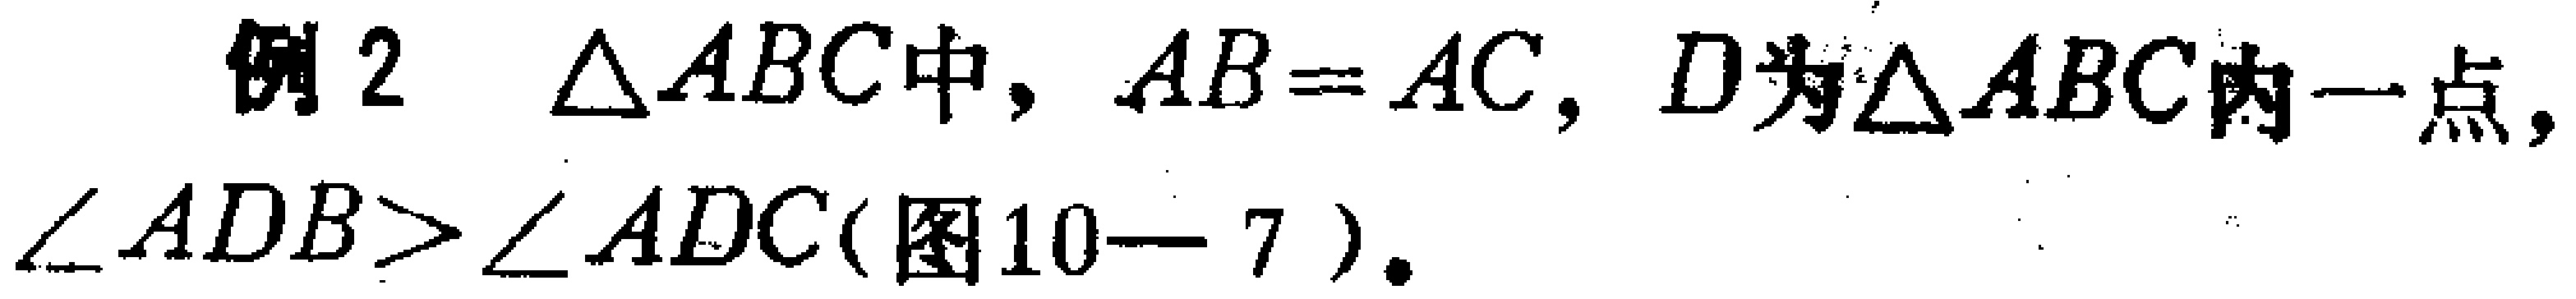
例2 $\triangle ABC$中，$AB = AC$，$D$为$\triangle ABC$内一点，$\angle ADB>\angle ADC$(图10—7)。